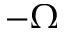
- \Omega